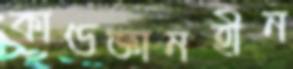
কাণ্ডজ্ঞানহীন